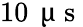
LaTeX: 10\, \mathrm{~\textmu~s~}